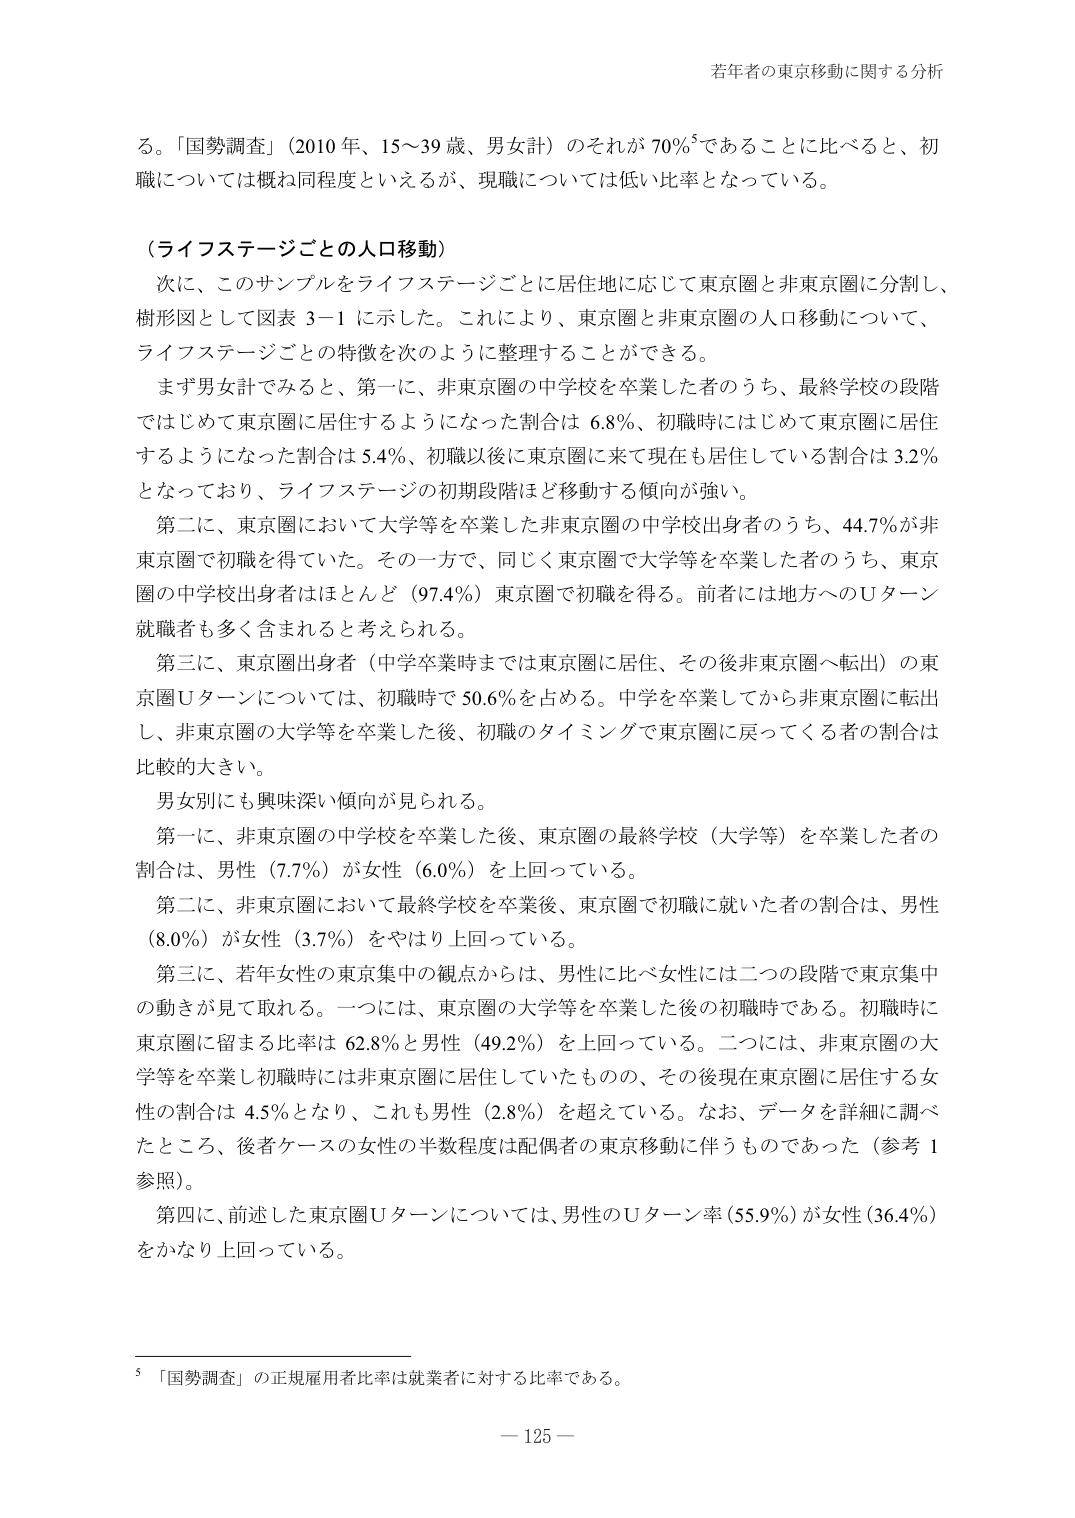
若年者の東京移動に関する分析

る。「国勢調査」（2010年、15～39歳、男女計）のそれが70％⁵であることに比べると、初職については概ね同程度といえるが、現職については低い比率となっている。

（ライフステージごとの人口移動）

次に、このサンプルをライフステージごとに居住地に応じて東京圏と非東京圏に分割し、樹形図として図表3-1に示した。これにより、東京圏と非東京圏の人口移動について、ライフステージごとの特徴を次のように整理することができる。

まず男女計でみると、第一に、非東京圏の中学校を卒業した者のうち、最終学校の段階ではじめて東京圏に居住するようになった割合は6.8％、初職時にはじめて東京圏に居住するようになった割合は5.4％、初職以後に東京圏に来て現在も居住している割合は3.2％となっており、ライフステージの初期段階ほど移動する傾向が強い。

第二に、東京圏において大学等を卒業した非東京圏の中学校出身者のうち、44.7％が非東京圏で初職を得ていた。その一方で、同じく東京圏で大学等を卒業した者のうち、東京圏の中学校出身者はほとんど（97.4％）東京圏で初職を得る。前者には地方へのUターン就職者も多く含まれると考えられる。

第三に、東京圏出身者（中学卒業時までは東京圏に居住、その後非東京圏へ転出）の東京圏Uターンについては、初職時で50.6％を占める。中学を卒業してから非東京圏に転出し、非東京圏の大学等を卒業した後、初職のタイミングで東京圏に戻ってくる者の割合は比較的大きい。

男女別にも興味深い傾向が見られる。

第一に、非東京圏の中学校を卒業した後、東京圏の最終学校（大学等）を卒業した者の割合は、男性（7.7％）が女性（6.0％）を上回っている。

第二に、非東京圏において最終学校を卒業後、東京圏で初職に就いた者の割合は、男性（8.0％）が女性（3.7％）をやはり上回っている。

第三に、若年女性の東京集中の観点からは、男性に比べ女性には二つの段階で東京集中の動きが見て取れる。一つには、東京圏の大学等を卒業した後の初職時である。初職時に東京圏に留まる比率は62.8％と男性（49.2％）を上回っている。二つには、非東京圏の大学等を卒業し初職時には非東京圏に居住していたものの、その後現在東京圏に居住する女性の割合は4.5％となり、これも男性（2.8％）を超えている。なお、データを詳細に調べたところ、後者ケースの女性の半数程度は配偶者の東京移動に伴うものであった（参考1参照）。

第四に、前述した東京圏Uターンについては、男性のUターン率（55.9％）が女性（36.4％）をかなり上回っている。

⁵「国勢調査」の正規雇用者比率は就業者に対する比率である。

— 125 —